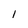
Character: l